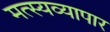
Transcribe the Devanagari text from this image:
मत्स्यव्यापार